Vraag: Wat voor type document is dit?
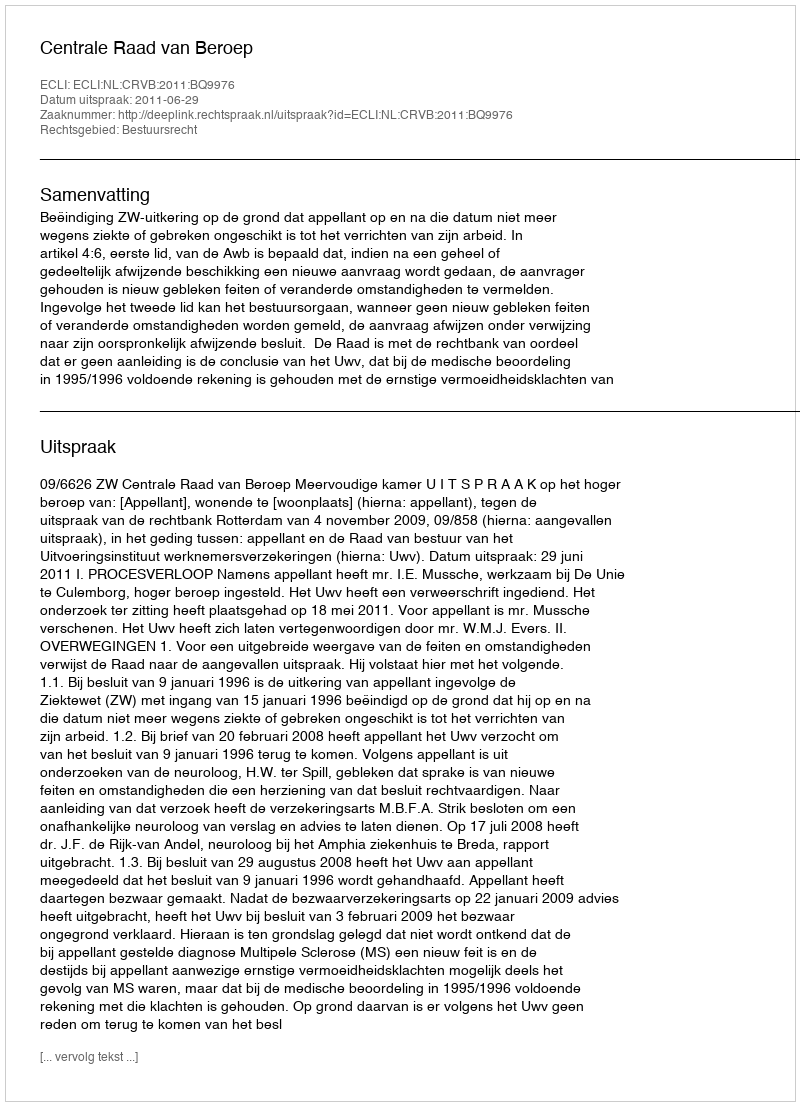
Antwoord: Uitspraak